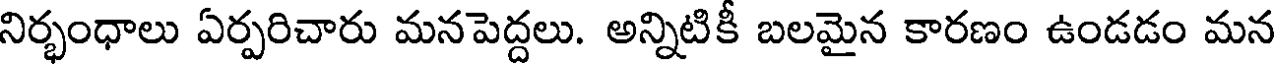
నిర్భంధాలు ఏర్పరిచారు మనపెద్దలు. అన్నిటికీ బలమైన కారణం ఉండడం మన